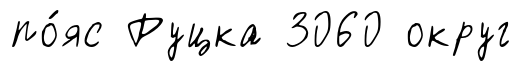
по́яс Руцка 3060 округ